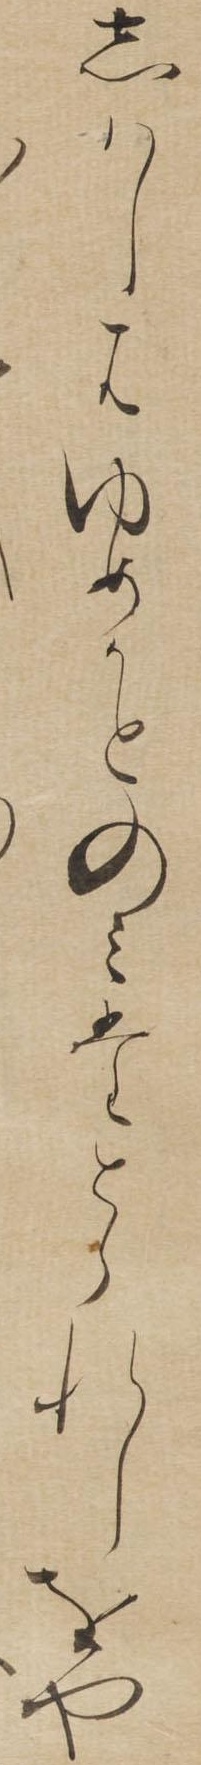
しはしはゆめかとのみたとられしをや